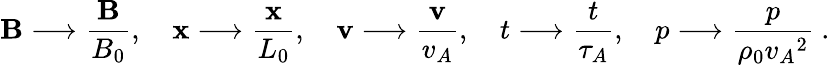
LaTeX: {\mathbf{B}}\longrightarrow\frac{{\mathbf{B}}}{B_{0}},\quad{\mathbf{x}}\longrightarrow\frac{\mathbf{x}}{L_{0}},\quad{\mathbf{v}}\longrightarrow\frac{\mathbf{v}}{v_{A}},\quad t\longrightarrow\frac{t}{\tau_{A}},\quad p\longrightarrow\frac{p}{\rho_{0}{v_{A}}^{2}}~.